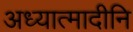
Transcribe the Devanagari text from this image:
अध्यात्मादीनि